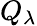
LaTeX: Q_{\lambda}